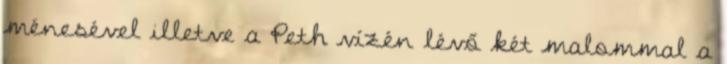
ménesével illetve a Peth vízén lévő két malommal a